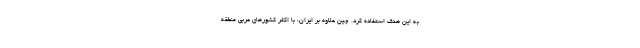
به این هدف استفاده کرد. چین علاوه بر ایران، با اکثر کشورهای عربی منطقه